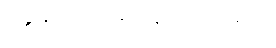
ခွေးစာ၊ လင်းတစာပါတကာ:။